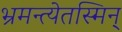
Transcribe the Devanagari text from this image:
भ्रमन्त्येतस्मिन्